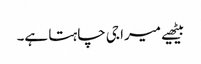
بیٹھیے میرا جی چاہتا ہے۔